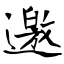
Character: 邀